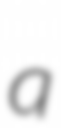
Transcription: a